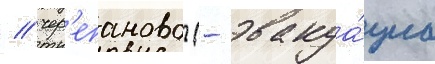
/ чер'епаново (- эвакуа́циа